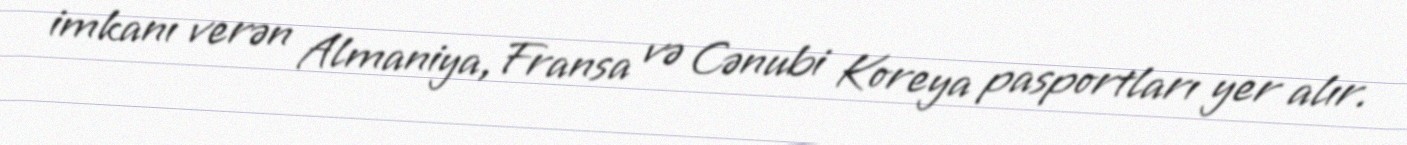
imkanı verən Almaniya, Fransa və Cənubi Koreya pasportları yer alır.